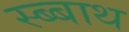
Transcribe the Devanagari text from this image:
स्ब्बाथ